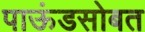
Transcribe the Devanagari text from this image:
पाऊंडसोबत